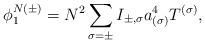
LaTeX: \begin{align*}\phi^{N(\pm)}_1 = N^2 \sum_{\sigma=\pm} I_{\pm,\sigma}a^4_{(\sigma)} T^{(\sigma)},\end{align*}